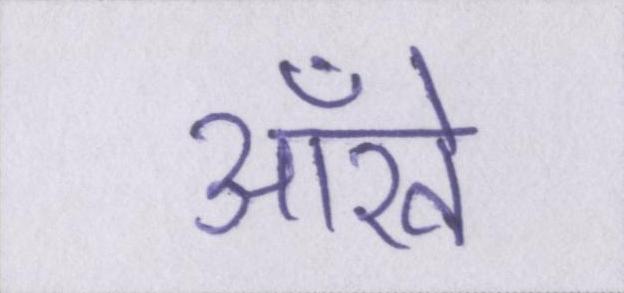
आँखे